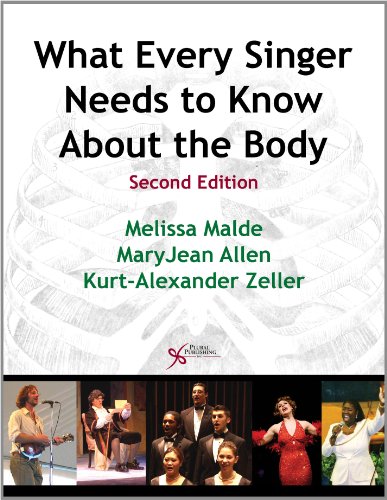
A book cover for What Every Singer Needs to Know About the Body; Melissa Malde; Medical Books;